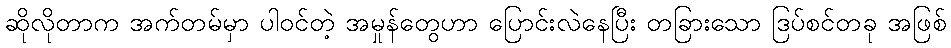
ဆိုလိုတာက အက်တမ်မှာ ပါဝင်တဲ့ အမှုန်တွေဟာ ပြောင်းလဲနေပြီး တခြားသော ဒြပ်စင်တခု အဖြစ်